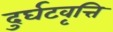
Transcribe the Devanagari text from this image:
दुर्घटवृत्ति